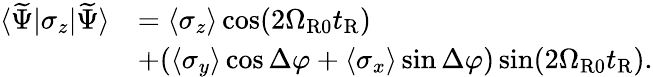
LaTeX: \begin{array}{rl}{\langle\widetilde{\Psi}|\sigma_{z}|\widetilde{\Psi}\rangle}&{=\left\langle\sigma_{z}\right\rangle\cos(2\Omega_{\mathrm{R0}}t_{\mathrm{R}})}\\ &{+(\left\langle\sigma_{y}\right\rangle\cos\Delta\varphi+\left\langle\sigma_{x}\right\rangle\sin\Delta\varphi)\sin(2\Omega_{\mathrm{R0}}t_{\mathrm{R}}).}\end{array}